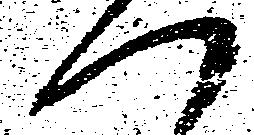
つ